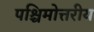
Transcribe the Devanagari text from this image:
पश्चिमोत्तरीय